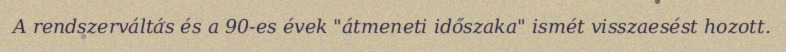
A rendszerváltás és a 90-es évek "átmeneti időszaka" ismét visszaesést hozott.